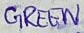
Text: GREEN